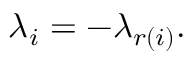
\lambda _ { i } = - \lambda _ { r ( i ) } .